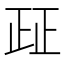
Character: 𰙤